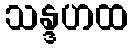
သန္ဒဟထ